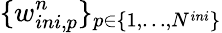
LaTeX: \{ w_{ini,p}^{n}\} _{p\in\{ 1,\dots,N^{ini}\} }